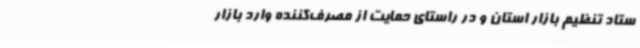
ستاد تنظیم بازار استان و در راستای حمایت از مصرف‌کننده وارد بازار